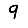
Digit: 9